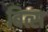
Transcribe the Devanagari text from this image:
बित्स